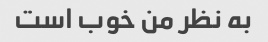
به نظر من خوب است